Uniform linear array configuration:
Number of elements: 48
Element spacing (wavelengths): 0.25
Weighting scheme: binomial
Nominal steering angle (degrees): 60
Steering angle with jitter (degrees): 60.057
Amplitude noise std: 0.05
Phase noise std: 0.05

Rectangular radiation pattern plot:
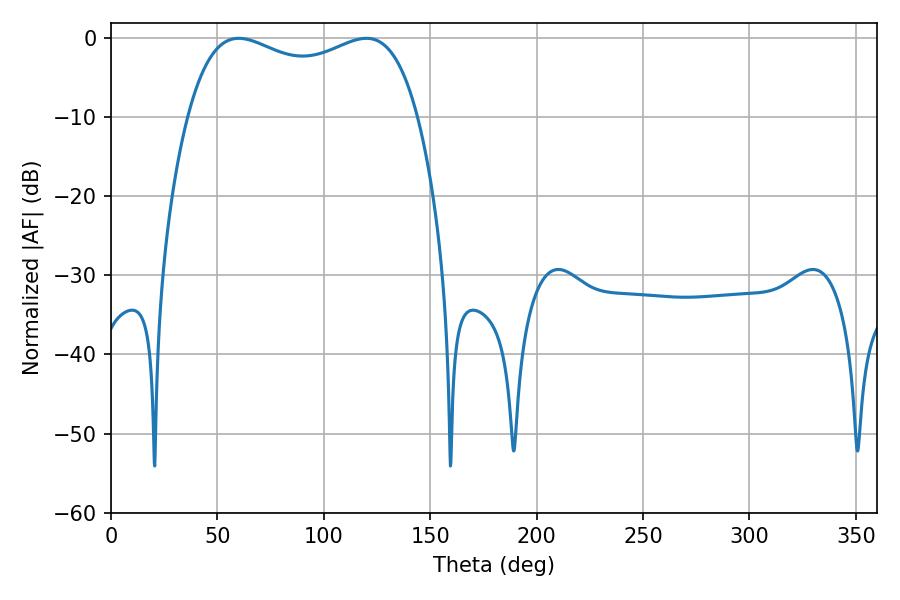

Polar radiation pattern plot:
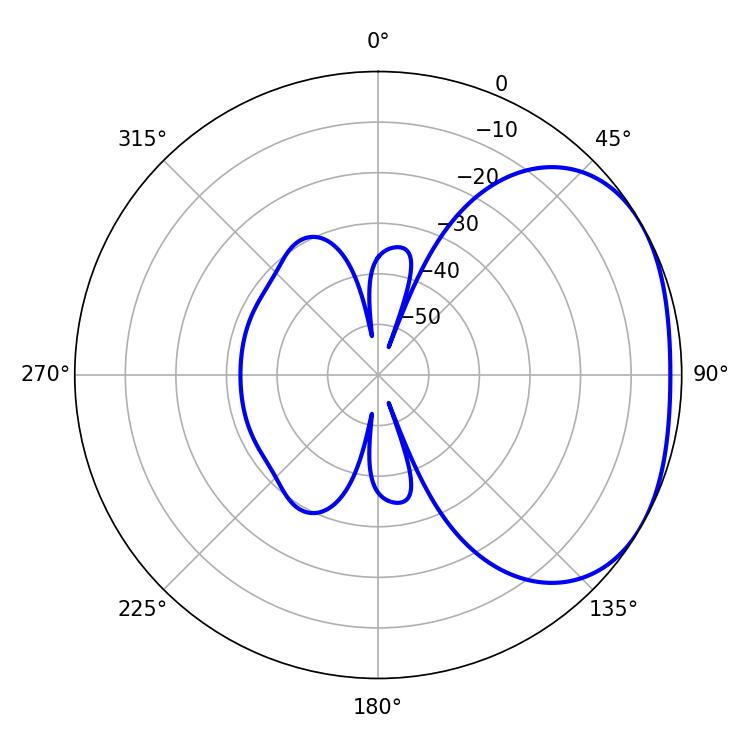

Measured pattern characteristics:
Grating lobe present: FALSE
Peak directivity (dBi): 2.33
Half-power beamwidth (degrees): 88.92
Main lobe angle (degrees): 59.94